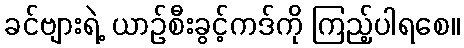
ခင်ဗျားရဲ့ ယာဉ်စီးခွင့်ကဒ်ကို ကြည့်ပါရစေ။